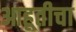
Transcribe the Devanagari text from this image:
आहूतीचा